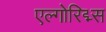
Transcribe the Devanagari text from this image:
एल्गोरिद्म्स